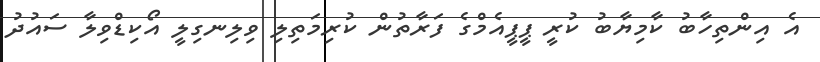
އެ އިންތިހާބު ކާމިޔާބު ކުރީ ޕީޕީއެމްގެ ފަރާތުން ކުރިމަތިލި ވިލިނގިލީ އޯކިޑްވިލާ ސައުދު